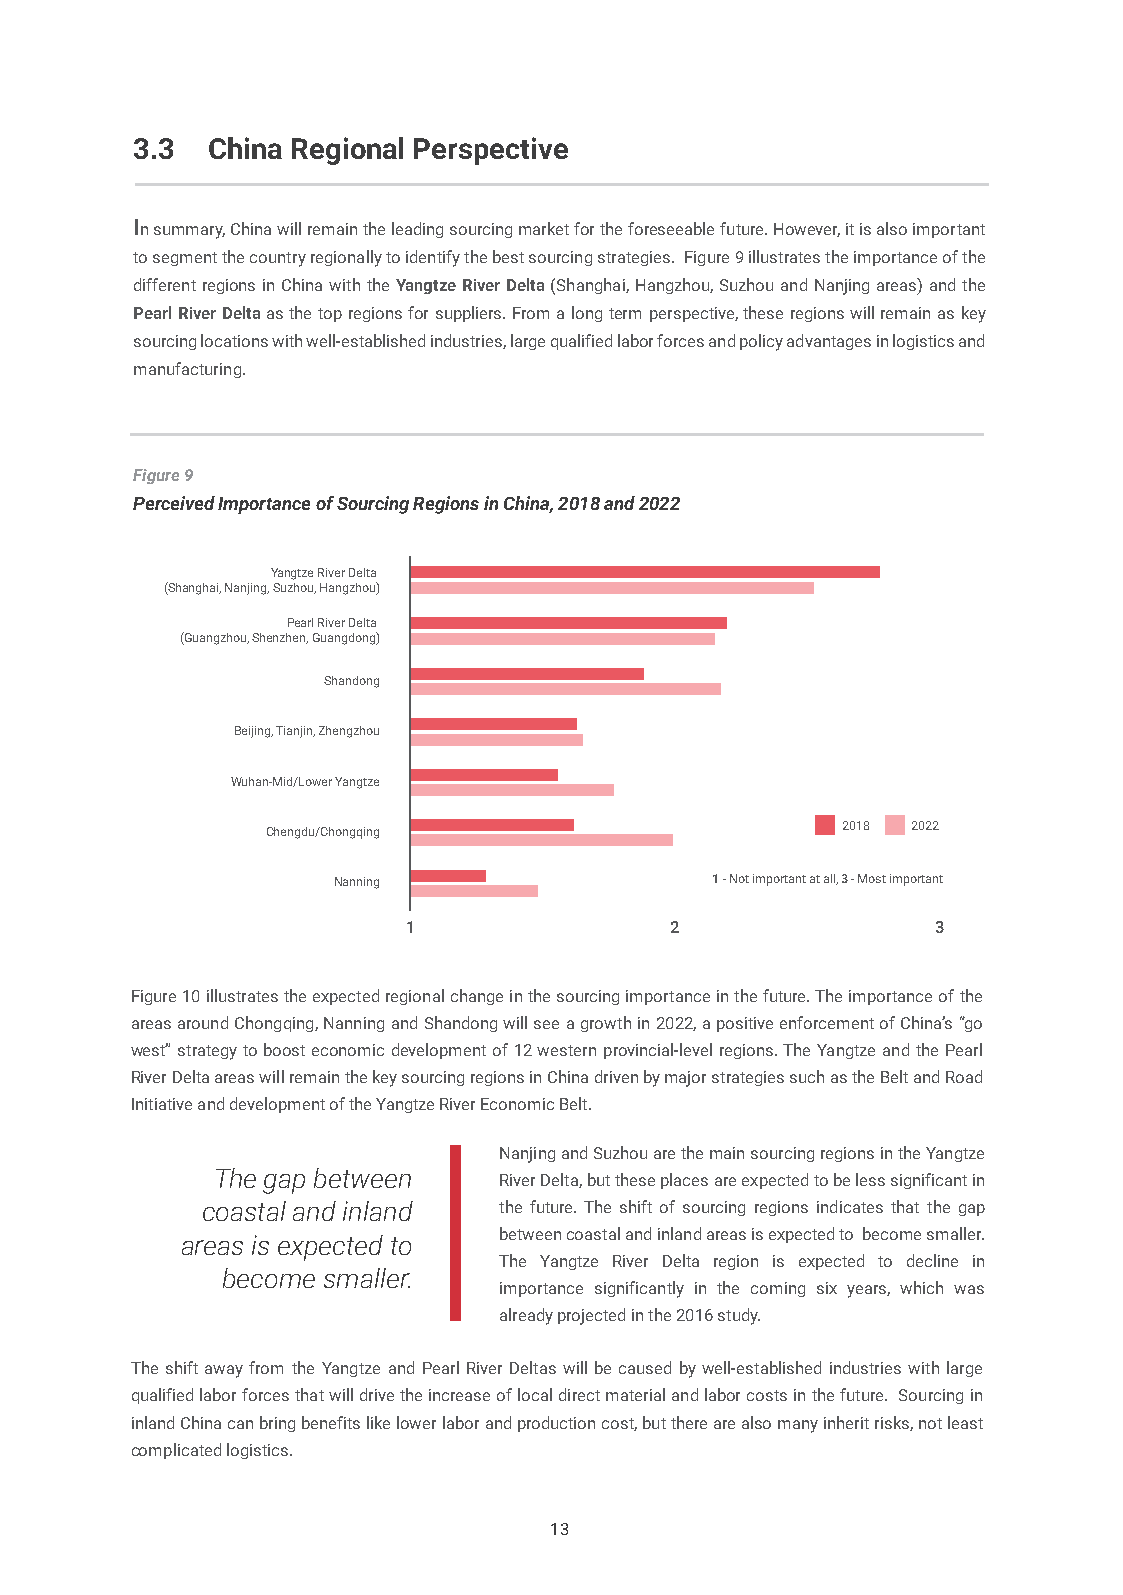
3.3  China Regional Perspective
 In summary, China will remain the leading sourcing market for the foreseeable future. However, it is also important
 to segment the country regionally to identify the best sourcing strategies. Figure 9 illustrates the importance of the
 different regions in China with the Yangtze River Delta (Shanghai, Hangzhou, Suzhou and Nanjing areas) and the
 Pearl River Delta as the top regions for suppliers. From a long term perspective, these regions will remain as key
 sourcing locations with well-established industries, large qualified labor forces and policy advantages in logistics and
 manufacturing.
 Figure 9
 Perceived Importance of Sourcing Regions in China, 2018 and 2022
 Yangtze River Delta
 (Shanghai, Nanjing, Suzhou, Hangzhou)
 Pearl River Delta
 (Guangzhou, Shenzhen, Guangdong)
 Shandong
 Beijing, Tianjin, Zhengzhou
 Wuhan-Mid/Lower Yangtze
 Chengdu/Chongqing                     2018 2022
 Nanning                  1 - Not important at all, 3 - Most important
 1                2                 3
 Figure 10 illustrates the expected regional change in the sourcing importance in the future. The importance of the
 areas around Chongqing, Nanning and Shandong will see a growth in 2022, a positive enforcement of China’s “go
 west” strategy to boost economic development of 12 western provincial-level regions. The Yangtze and the Pearl
 River Delta areas will remain the key sourcing regions in China driven by major strategies such as the Belt and Road
 Initiative and development of the Yangtze River Economic Belt.
 Nanjing and Suzhou are the main sourcing regions in the Yangtze
 The gap between
 River Delta, but these places are expected to be less significant in
 coastal and inland  the future. The shift of sourcing regions indicates that the gap
 areas is expected to between coastal and inland areas is expected to become smaller.
 The Yangtze River Delta region is expected to decline in
 become smaller.
 importance significantly in the coming six years, which was
 already projected in the 2016 study.
 The shift away from the Yangtze and Pearl River Deltas will be caused by well-established industries with large
 qualified labor forces that will drive the increase of local direct material and labor costs in the future. Sourcing in
 inland China can bring benefits like lower labor and production cost, but there are also many inherit risks, not least
 complicated logistics.
 13